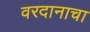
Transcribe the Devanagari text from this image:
वरदानाचा